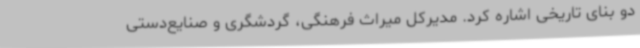
دو بنای تاریخی اشاره کرد. مدیرکل میراث فرهنگی، گردشگری و صنایع‌دستی